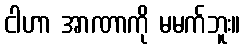
ငါဟာ အာဏာကို မမက်ဘူး။